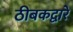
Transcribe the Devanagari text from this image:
ठीबकद्वारे